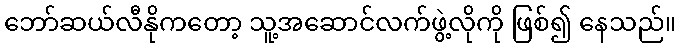
ဘော်ဆယ်လီနိုကတော့ သူ့အဆောင်လက်ဖွဲ့လိုကို ဖြစ်၍ နေသည်။